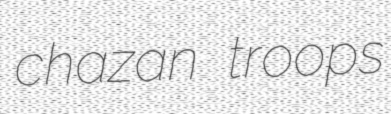
chazan troops